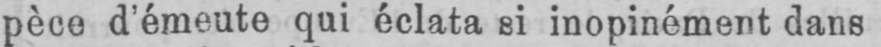
pèce d’émeute qui éclata si inopinément dans